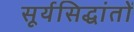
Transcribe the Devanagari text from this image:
सूर्यसिद्धांतों